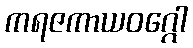
ကရဇကာယဝဂ္ဂေါ